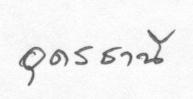
อุดรธานี